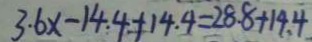
3 . 6 x - 1 4 . 4 + 1 4 . 4 = 2 8 . 8 + 1 4 . 4